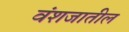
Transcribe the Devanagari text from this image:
वंशजातील